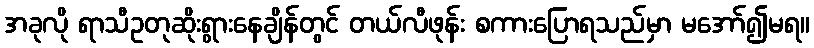
အခုလို ရာသီဥတုဆိုးရွားနေချိန်တွင် တယ်လီဖုန်း စကားပြောရသည်မှာ မအော်၍မရ။